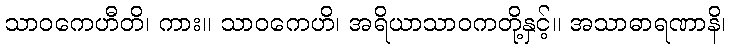
သာဝကေဟီတိ၊ ကား။ သာဝကေဟိ၊ အရိယာသာဝကတို့နှင့်။ အသာဓာရဏာနိ၊